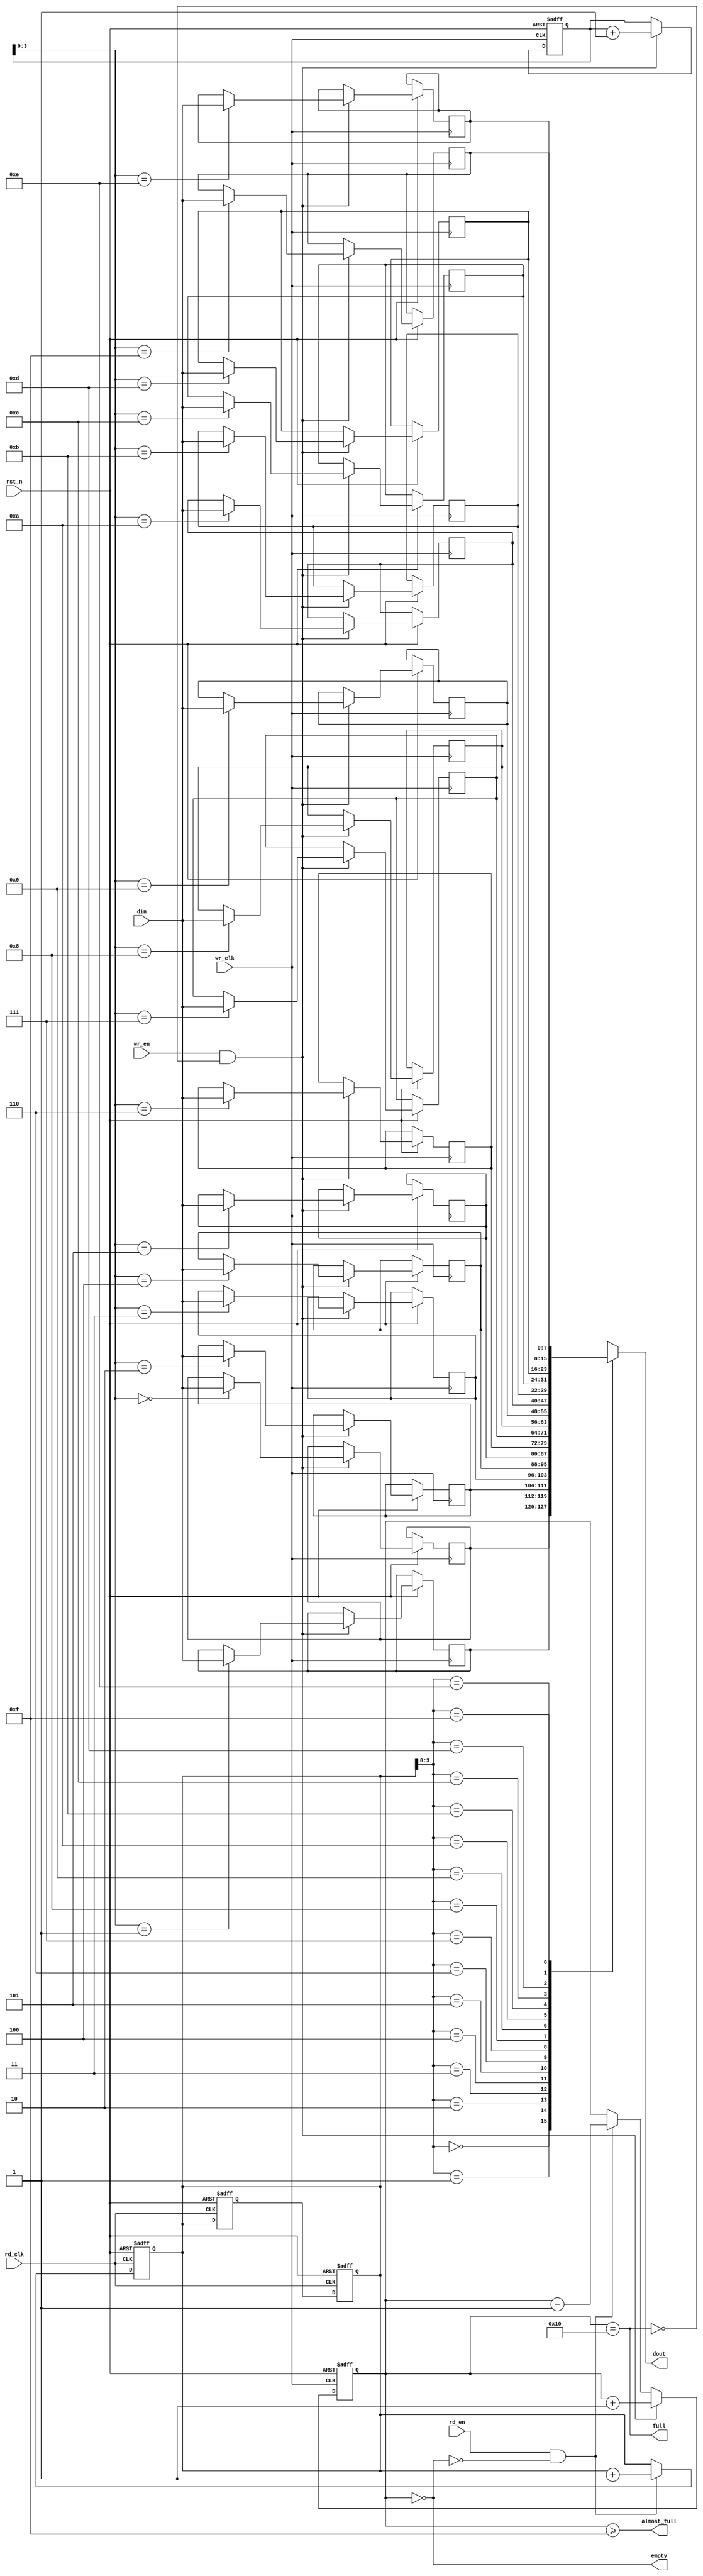
module fifo_sync #(parameter DATA_WIDTH = 8, parameter FIFO_DEPTH = 16)(
    input wire wr_clk,            // Write clock (source clock domain)
    input wire rd_clk,            // Read clock (destination clock domain)
    input wire rst_n,             // Asynchronous reset (active low)
    input wire wr_en,             // Write enable
    input wire rd_en,             // Read enable
    input wire [DATA_WIDTH-1:0] din,  // Data input
    output wire [DATA_WIDTH-1:0] dout, // Data output
    output wire empty,            // FIFO empty flag
    output wire full,             // FIFO full flag
    output wire almost_full       // FIFO almost full flag
);

// Internal signals
reg [DATA_WIDTH-1:0] fifo_mem [0:FIFO_DEPTH-1]; // FIFO memory
reg [4:0] wr_ptr;         // Write pointer
reg [4:0] rd_ptr;         // Read pointer
reg [4:0] count;          // Number of items in FIFO

// Synchronous write logic
always @(posedge wr_clk or negedge rst_n) begin
    if (!rst_n) begin
        wr_ptr <= 0;
    end else if (wr_en && !full) begin
        fifo_mem[wr_ptr] <= din;
        wr_ptr <= wr_ptr + 1'b1;
    end
end

// Synchronous read logic
assign dout = fifo_mem[rd_ptr];

// FIFO status flags
assign empty = (count == 0);
assign full = (count == FIFO_DEPTH);
assign almost_full = (count >= FIFO_DEPTH - 1);

// Update count logic
always @(posedge wr_clk or negedge rst_n) begin
    if (!rst_n) begin
        count <= 0;
    end else if (wr_en && !full) begin
        count <= count + 1;
    end else if (rd_en && !empty) begin
        count <= count - 1;
    end
end

// Synchronization for reading across clock domains
reg [4:0] rd_ptr_sync1, rd_ptr_sync2;
always @(posedge rd_clk or negedge rst_n) begin
    if (!rst_n) begin
        rd_ptr_sync1 <= 0;
        rd_ptr_sync2 <= 0;
    end else begin
        rd_ptr_sync1 <= rd_ptr;
        rd_ptr_sync2 <= rd_ptr_sync1;
    end
end

// Synchronous read pointer logic
always @(posedge rd_clk or negedge rst_n) begin
    if (!rst_n) begin
        rd_ptr <= 0;
    end else if (rd_en && !empty) begin
        rd_ptr <= rd_ptr + 1'b1;
    end
end

// Assign the read pointer to the synchronized version
assign rd_ptr = rd_ptr_sync2;

endmodule